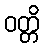
ဝတ္တိ